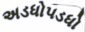
અડધોપડધો